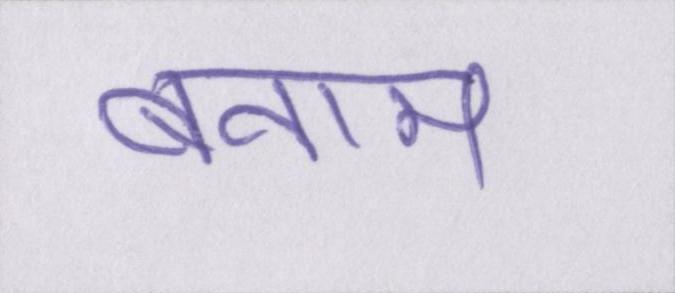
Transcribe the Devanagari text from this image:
बनाम